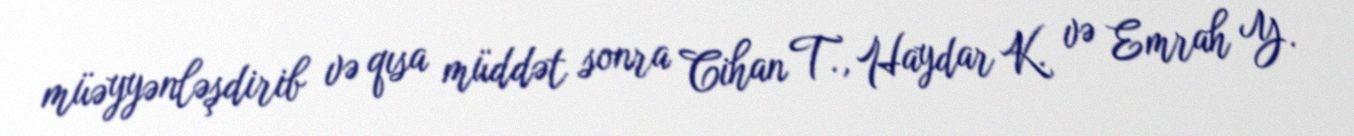
müəyyənləşdirib və qısa müddət sonra Cihan T., Haydar K. və Emrah Y.